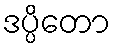
ဒပ္ပိတော